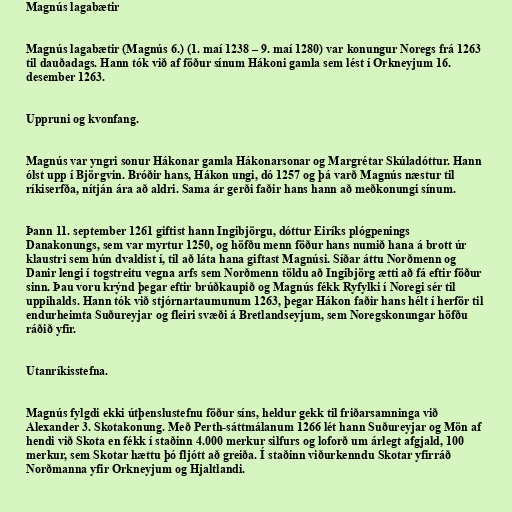
Magnús lagabætir

Magnús lagabætir (Magnús 6.) (1. maí 1238 – 9. maí 1280) var konungur Noregs frá 1263
til dauðadags. Hann tók við af föður sínum Hákoni gamla sem lést í Orkneyjum 16.
desember 1263.

Uppruni og kvonfang.

Magnús var yngri sonur Hákonar gamla Hákonarsonar og Margrétar Skúladóttur. Hann
ólst upp í Björgvin. Bróðir hans, Hákon ungi, dó 1257 og þá varð Magnús næstur til
ríkiserfða, nítján ára að aldri. Sama ár gerði faðir hans hann að meðkonungi sínum.

Þann 11. september 1261 giftist hann Ingibjörgu, dóttur Eiríks plógpenings
Danakonungs, sem var myrtur 1250, og höfðu menn föður hans numið hana á brott úr
klaustri sem hún dvaldist í, til að láta hana giftast Magnúsi. Síðar áttu Norðmenn og
Danir lengi í togstreitu vegna arfs sem Norðmenn töldu að Ingibjörg ætti að fá eftir föður
sinn. Þau voru krýnd þegar eftir brúðkaupið og Magnús fékk Ryfylki í Noregi sér til
uppihalds. Hann tók við stjórnartaumunum 1263, þegar Hákon faðir hans hélt í herför til
endurheimta Suðureyjar og fleiri svæði á Bretlandseyjum, sem Noregskonungar höfðu
ráðið yfir.

Utanríkisstefna.

Magnús fylgdi ekki útþenslustefnu föður síns, heldur gekk til friðarsamninga við
Alexander 3. Skotakonung. Með Perth-sáttmálanum 1266 lét hann Suðureyjar og Mön af
hendi við Skota en fékk í staðinn 4.000 merkur silfurs og loforð um árlegt afgjald, 100
merkur, sem Skotar hættu þó fljótt að greiða. Í staðinn viðurkenndu Skotar yfirráð
Norðmanna yfir Orkneyjum og Hjaltlandi.